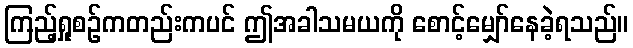
ကြည့်ရှုစဉ်ကတည်းကပင် ဤအခါသမယကို စောင့်မျှော်နေခဲ့ရသည်။